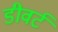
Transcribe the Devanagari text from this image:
डीवर्ट